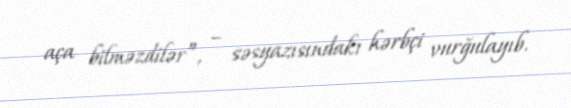
aça bilməzdilər”, – səsyazısındakı hərbçi vurğulayıb.